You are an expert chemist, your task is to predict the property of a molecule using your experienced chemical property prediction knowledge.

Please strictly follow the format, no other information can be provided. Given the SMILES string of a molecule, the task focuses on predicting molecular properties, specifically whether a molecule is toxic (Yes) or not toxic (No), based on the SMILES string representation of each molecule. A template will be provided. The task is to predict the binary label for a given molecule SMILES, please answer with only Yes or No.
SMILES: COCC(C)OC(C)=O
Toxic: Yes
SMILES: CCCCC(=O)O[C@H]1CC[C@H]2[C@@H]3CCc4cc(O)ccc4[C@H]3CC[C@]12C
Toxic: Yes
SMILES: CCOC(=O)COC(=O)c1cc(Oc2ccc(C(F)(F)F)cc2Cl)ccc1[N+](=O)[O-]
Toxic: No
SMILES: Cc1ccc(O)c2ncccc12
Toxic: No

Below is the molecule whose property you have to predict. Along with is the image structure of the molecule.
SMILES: CCC1(C2=NCCN2)Cc2ccccc2O1
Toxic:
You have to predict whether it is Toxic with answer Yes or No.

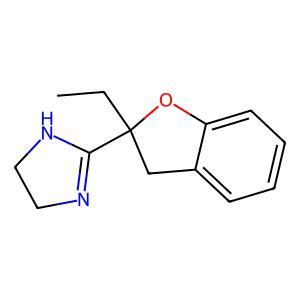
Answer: No